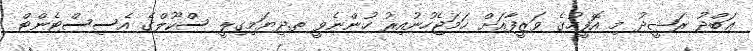
ޢަބްދު ރަޝީދު މި އޮފީހުގެ ވަޒީފާއަށް ހަމަޖެހުނުއިރު ހުންނެވީ ތ.ދިޔަމިގިލީ ސްކޫލްގެ އެސިސްޓެންޓް